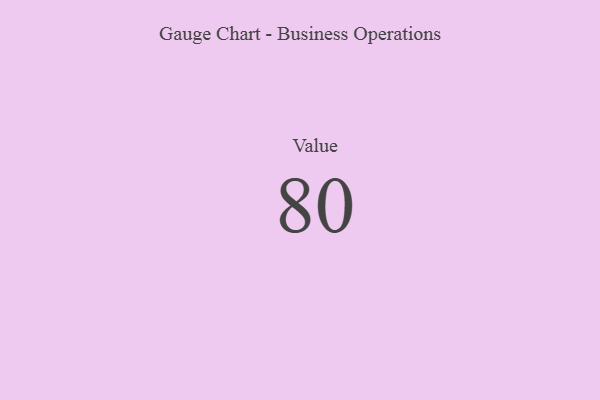
{"axis": {"x": "Metric", "y": "Value"}, "legend": [""], "data": [{"x": "Value", "y": 80, "type": ""}]}